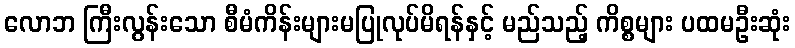
လောဘ ကြီးလွန်းသော စီမံကိန်းများမပြုလုပ်မိရန်နှင့် မည်သည့် ကိစ္စများ ပထမဦးဆုံး